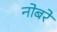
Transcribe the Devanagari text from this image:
नोबरे